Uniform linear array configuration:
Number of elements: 24
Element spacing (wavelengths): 0.5
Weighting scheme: cosine
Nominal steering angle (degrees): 30
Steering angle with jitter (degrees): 29.923
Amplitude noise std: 0.05
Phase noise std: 0.05

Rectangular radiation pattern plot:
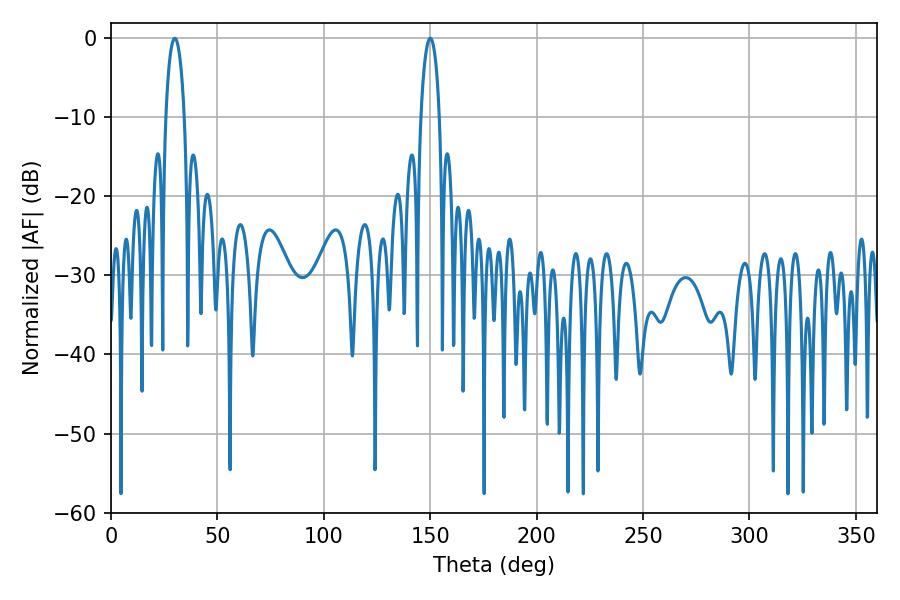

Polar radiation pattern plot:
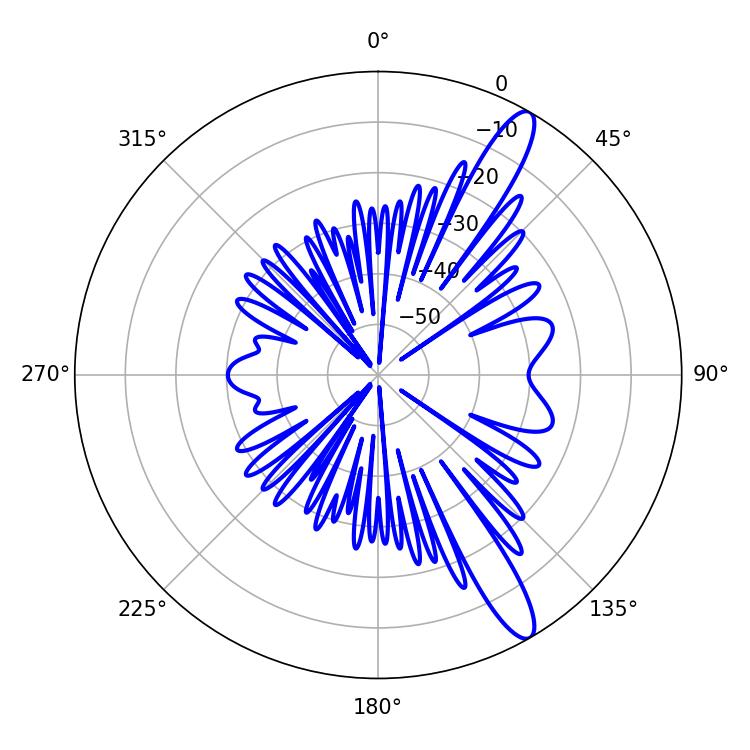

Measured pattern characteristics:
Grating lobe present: FALSE
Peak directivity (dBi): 13.112
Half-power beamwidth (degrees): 5.04
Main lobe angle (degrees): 30.06